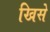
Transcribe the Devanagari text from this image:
खिसे